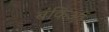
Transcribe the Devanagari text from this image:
बंकिओं